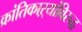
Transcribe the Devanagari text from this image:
क्रांतिकाऱ्यांविरुद्ध